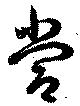
当